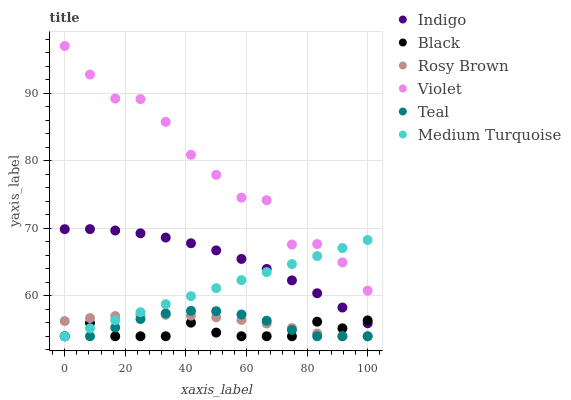
| xaxis_label | Indigo | Black | Rosy Brown | Violet | Teal | Medium Turquoise |
 | --- | --- | --- | --- | --- | --- | --- |
 | 0 | 69.9 | 54 | 56.3 | 97 | 54 | 54 |
 | 8.33 | 69.9 | 56 | 56.7 | 92.8 | 54 | 55.2 |
 | 16.7 | 69.7 | 54 | 57 | 89.2 | 55.3 | 56.4 |
 | 25 | 69.3 | 54 | 57.2 | 89.1 | 56.6 | 57.6 |
 | 33.3 | 68.6 | 54 | 57.2 | 85.8 | 57.4 | 58.8 |
 | 41.7 | 67.8 | 56 | 57.1 | 80.9 | 57.8 | 59.9 |
 | 50 | 66.7 | 54.5 | 56.8 | 77.9 | 57.7 | 61.1 |
 | 58.3 | 65.5 | 54 | 56.4 | 74.5 | 57.2 | 62.3 |
 | 66.7 | 64 | 54 | 55.9 | 74.2 | 56.3 | 63.5 |
 | 75 | 62.3 | 54 | 55.2 | 67.6 | 54.9 | 64.7 |
 | 83.3 | 60.4 | 56.2 | 54.4 | 67.7 | 54 | 65.9 |
 | 91.7 | 58.3 | 55.2 | 54 | 64.9 | 54 | 67.1 |
 | 100 | 55.9 | 56.3 | 54 | 60.8 | 54 | 68.3 |